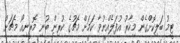
ޓީމު ބަލިކޮށްގެން މިހާރު އުފަލެއްނުވާ ކަމަށް މެޗުގެ ކުރިން ބުނި މޮރީނިއޯ މެޗަށް